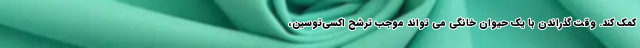
کمک کند. وقت گذراندن با یک حیوان خانگی می تواند موجب ترشح اکسی‌توسین،